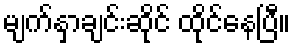
မျက်နှာချင်းဆိုင် ထိုင်နေပြီ။